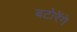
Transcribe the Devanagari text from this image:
बटोरेंगे